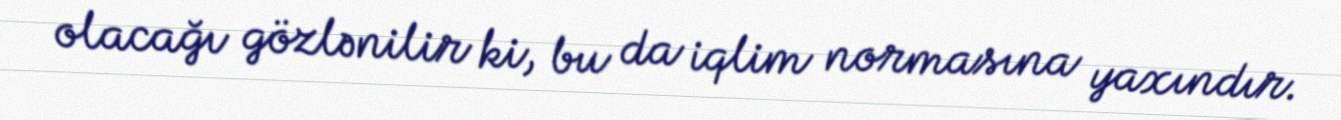
olacağı gözlənilir ki, bu da iqlim normasına yaxındır.